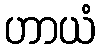
ဟာယံ